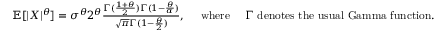
\begin{array} { r } { \mathbb { E } [ | X | ^ { \theta } ] = \sigma ^ { \theta } 2 ^ { \theta } \frac { \Gamma ( \frac { 1 + \theta } { 2 } ) \Gamma ( 1 - \frac { \theta } { \alpha } ) } { \sqrt { \pi } \Gamma ( 1 - \frac { \theta } { 2 } ) } , \quad \mathrm { ~ w h e r e ~ } \quad \Gamma \mathrm { ~ d e n o t e s ~ t h e ~ u s u a l ~ G a m m a ~ f u n c t i o n } . } \end{array}